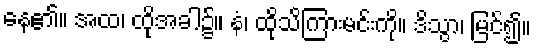
နေ၏။ အထ၊ ထိုအခါ၌။ နံ၊ ထိုသိကြားမင်းကို။ ဒိသွာ၊ မြင်၍။